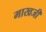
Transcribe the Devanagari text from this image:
माखजी